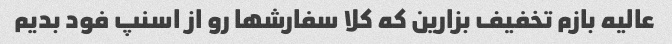
عالیه بازم تخفیف بزارین که کلا سفارشها رو از اسنپ فود بدیم